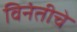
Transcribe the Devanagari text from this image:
विनंतीचे